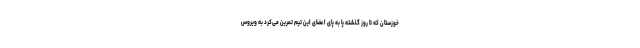
خوزستان که تا روز گذشته پا به پای اعضای این تیم تمرین می‌کرد به ویروس